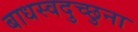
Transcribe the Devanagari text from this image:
बाधस्वदुच्छुना